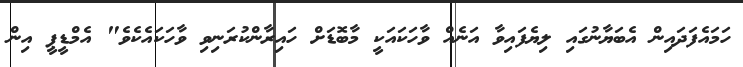
ހަމައެފަދައިން އެބަޔާނުގައި ލިޔެފައިވާ އަނެއް ވާހަކައަކީ މާބޮޑަށް ހައިރާންކުރަނިވި ވާހަކައެކެވެ" އެމްޑީޕީ އިން